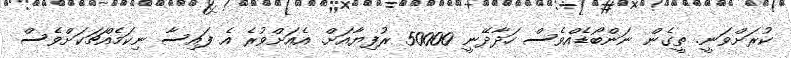
ކުރަށްވަނީ. ތީގެން ނަންބޯޑެއްވެސް ހަދާދޭނީ 50000 ރުފިޔާއަށް. އެއަށްވުރެ އެ ފައިސާ ނިކަމެއްޗަކަށްވެސް